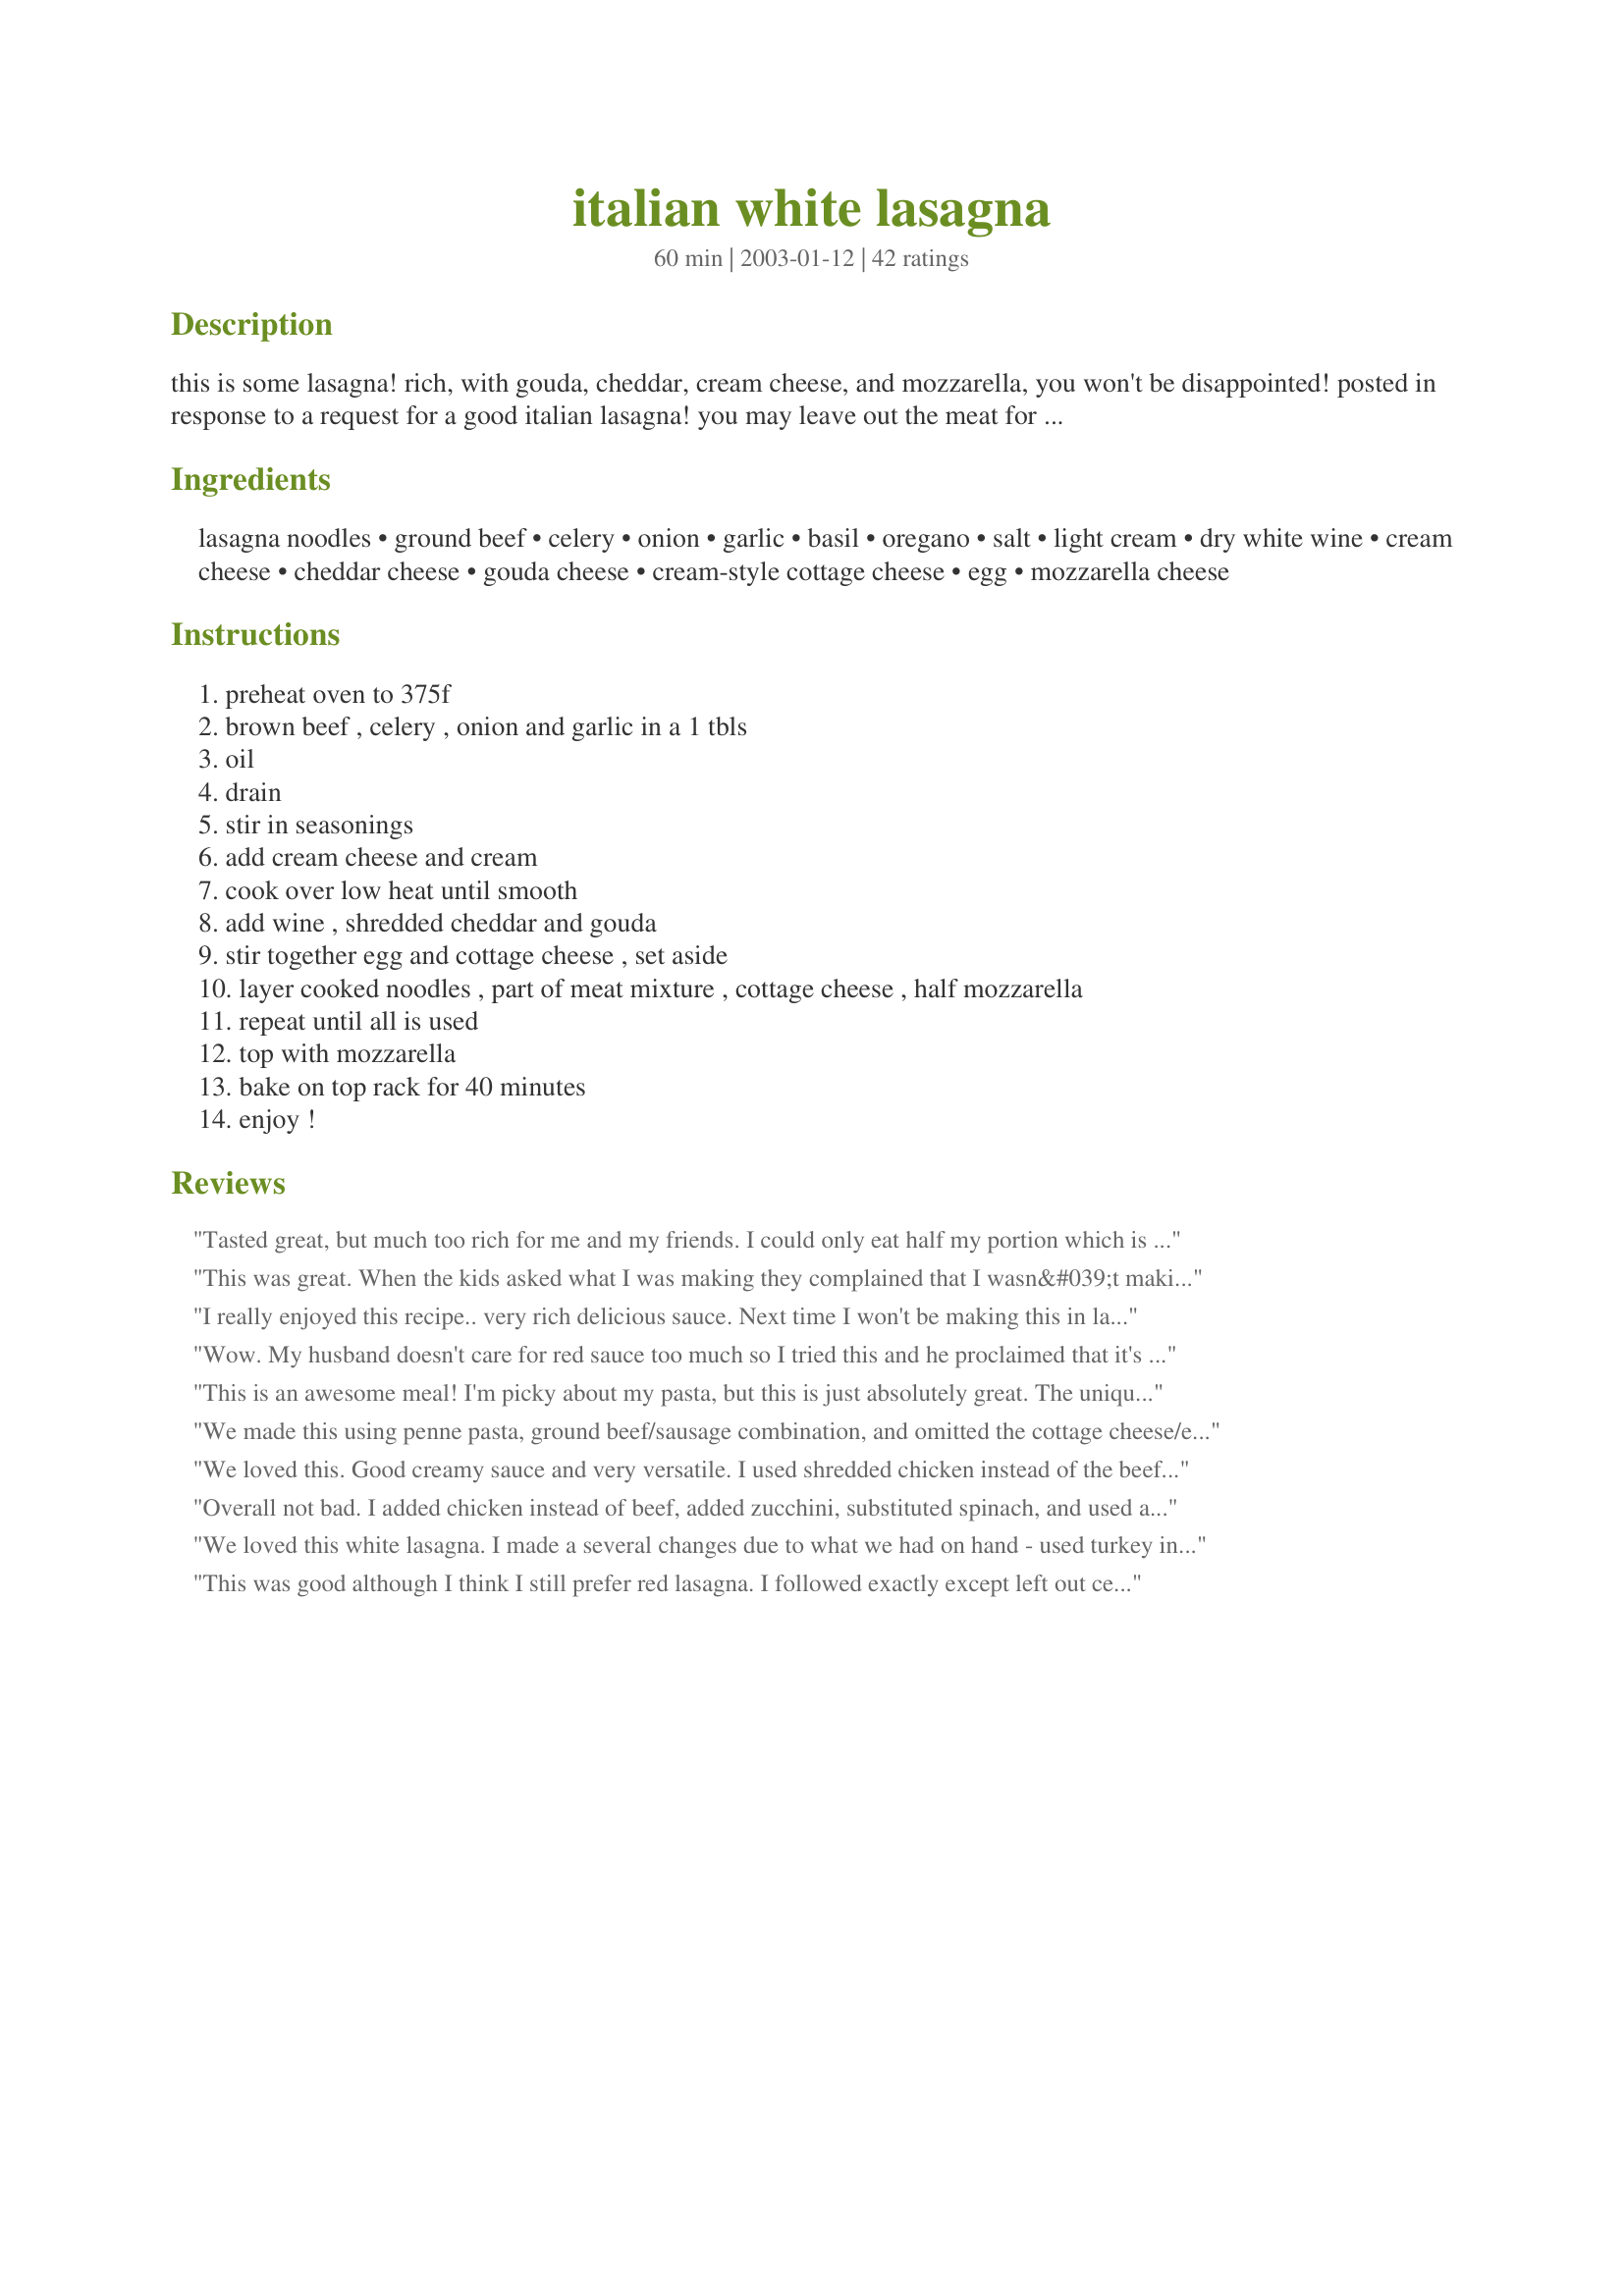
italian white lasagna
Preparation time: 60 minutes

this is some lasagna! rich, with gouda, cheddar, cream cheese, and mozzarella, you won't be disappointed! posted in response to a request for a good italian lasagna! you may leave out the meat for vegetarian!

Ingredients:
lasagna noodles, ground beef, celery, onion, garlic, basil, oregano, salt, light cream, dry white wine, cream cheese, cheddar cheese, gouda cheese, cream-style cottage cheese, egg, mozzarella cheese

Steps:
preheat oven to 375f, brown beef , celery , onion and garlic in a 1 tbls, oil, drain, stir in seasonings, add cream cheese and cream, cook over low heat until smooth, add wine , shredded cheddar and gouda, stir together egg and cottage cheese , set aside, layer cooked noodles , part of meat mixture , cottage cheese , half mozzarella, repeat until all is used, top with mozzarella, bake on top rack for 40 minutes, enjoy !

Reviews:
Tasted great, but much too rich for me and my friends. I could only eat half my portion which is unheard of! I would strongly recommend that you use half as much cheese, and add some more vegetables such as zucchini/courgettes.
This was great. When the kids asked what I was making they complained that I wasn&#039;t making the regular lasagna. One bite and they said it was much better then regular lasagna. I had to make a few changes based on what I had on hand. I used sausage so no spices. I didn&#039;t use celery or onion. I didn&#039;t have cream so I used milk. I used gouda slices and a few chunks of cheddar in the sauce. I used 2 eggs in the egg/cottage cheese mixture - so that made it a bit too eggy. I layered a bit of sauce, noodles, cottage mix, meat, noodles, cottage mix and then meat. I cooked this 40 minutes then added sliced gouda and cooked for another 5. Super tasty! We all loved this - thanks
I really enjoyed this recipe.. very rich delicious sauce. Next time I won't be making this in lasagne form. I will use penne. My main reasoning for that is just personal taste. I thought it would have been better with out the mozzerella and cottage cheese, just the sauce cooked on the stove. My main veggie was Mushrooms. I think mushrooms and white wine go great together so that was my reasoning for that.
Wow. My husband doesn't care for red sauce too much so I tried this and he proclaimed that it's the best lasagna he's ever tasted.
I followed the recipe almost to a T. Except when I browned the beef I seasoned it with salt and pepper and added some finely chopped fresh spinach to the brown beef mixture (after the mixture is cooked, since it will cook more in the oven). The only other thing I did differently was adding a thin layer (about a cup) of my own red sauce from earlier this week to try to boost the veggie factor in this recipe, since my red sauce has carrots, bell peppers, celery, mushrooms.
This is an awesome meal! I'm picky about my pasta, but this is just absolutely great. The unique cheese sauce just absolutely made this great! I used heavy cream instead of light cream, because it was all I had on hand. The gouda cheese I had was in slices, so I cut the slices into smaller sections before I tossed them into the sauce. I wasn't able to find "cream-style" cottage cheese, so I just used small curd. Also, not quite sure which size "carton" would be recommended, so I used 1/2 of the one I had. Also, the mozzarella slices I put on top of the dish made it more difficult to cut through come dinner time. I think next time I"ll use shredded mozzarella. I needed to cover mine with foil towards the end, also, for fear it'd burn. Really and truly, this is an awesome meal! Thanks for sharing it! :)
We made this using penne pasta, ground beef/sausage combination, and omitted the cottage cheese/egg mixture. We also added some diced carrots. If you have lots of leftover cheeses in the fridge, it's a great way to use them up. This recipe is packed with flavor!
We loved this. Good creamy sauce and very versatile. I used shredded chicken instead of the beef, and made the sauce over penne pasta. I also added fresh broccoli to the onion/celery. I used gouda and cheddar, but only 1/2 cup of each and omitted the mozzarella since I didn't bake it. yummy sauce. Next time I might make it into lasagna!!
Overall not bad. I added chicken instead of beef, added zucchini, substituted spinach, and used about half the amount of cheese, but it was still extremely saucy and so much cheese was overpowering. Next time I think I will use even less cheese and add more veggies and it should turn out better.
We loved this white lasagna. I made a several changes due to what we had on hand - used turkey instead of beef, half and half for the cream, chicken stock for the white wine, and ricota for the cottage cheese. I also added some fresh spinach that needed to be used up. Amazing! I was told to add this to the keep file. Guests raved about how this is how lasagna should be. Thanks so much for posting!
This was good although I think I still prefer red lasagna. I followed exactly except left out celery. I do have a feeling I am going to like it better at lunch tomorrow. I also used 1/3 less fat cream cheese and fat free half and half. I don't think this altered the end result.
Lisa
This was excellent! The only chnage I made was to use a 16oz container of Ricotta instead of cottage cheese. I used a Fume Blanc white wine which then went perfectly with the meal. I made this into 2 8x8 casseroles using kitchen scissors to cut the lasagna into the right size pieces. We enjoyed one for dinner and now have a second meal waiting in the freezer! Perfect!
rich creamy cheesy white sauce, this is wonderful
This was a pleasant change of pace from the tomato sauce recipe. I did vary the cheeses though, and got carried away. I actually had a lot of greasy stuff because of the cheeses I did use, but it was still delicious.
I changed out sauteed shrimp for the ground beef, and added mushrooms in with the onions. I also added lemon to the cream and cream cheese I pureed the cottage cheese and egg, to make it pourable, and added parsley. I used Cheddar and Gruyere cheeses. We loved it! Thank you for sharing!
Definately a keeper - this was a wonderful recipe. I used shredded chicken instead of the beef, and added in some chopped portabella mushrooms in place of the celery. I didn't have gouda, but used 1/2 C. parmesan/romano blend instead. I used the cheddar and shredded mozz instead of slices. It turned out wonderful, with a great flavor. This recipe went directly into my 'favorites' book. Thanks!
I made this recipe for my daughters going away to college dinner, and it was a big hit! I loved the flavors of all the cheeses and the addition of wine in the recipe. This is one recipe I will be adding to my favorites Sharon. Thank you!
I made a variation on this recipe to use ingredients I had on hand and was very, very pleased with the results. Instead of celery and onion, I used fresh spinach that I chopped finely in the food processor. I used havarti instead of gouda and grated swiss instead of mozzarella. I had ricotta so I used that instead of the cottage cheese. I was also lazy and used oven ready lasagna noodles. A bit more oregano, lots of garlic, a touch of pepper... Even with all these changes, it turned out just great! What a wonderful change from the regular lasagna!
Sharon , this is VERY good , DH really liked it, I should have cut the recipe in half for us , but I did freeze some of it. I also put some Zucchini, sliced very thin in each layer , Very good. Thanks for posting the recipe.
This was AMAZING!! It's so different from any other lasagna and definitely restaurant quality. I'm a new wife and a not so experienced chef and it truly wasn't hard to make either!
Made this with no meat for my first Sunday Dinner, fed 30 people and everyone raved about this recipe....I followed the recipe but used fat free half and half....great taste!
We really liked the sauce in this recipe! I used Italian mild sausage, but I wish I would have used chicken, I just think that chicken would have worked better for this kind of sauce. You also may want to cover with foil and then uncover the last 10 minutes so the mozzarella dosen't burn, mine had a few burnt spots.( I only left it in the oven for 30min on the 2nd shelf.) Thanks for this unique recipe, we really enjoyed it!
I am coming in here with a review, and realy everything is already said about it. I am glad I made the whole recipe, because often I half recipes since there are just two of us, now I still have a portion in the freezer to look forward to. Did not change a thing, served it with a salad and garlic bread, delicious!
Perfect, great recipe, thanks for sharing!
Very good!!!
This lasagna was good. Unfortunately, I used no-cook lasagna noodles and this was not a good idea. I would also like to see some version of this recipe without so much cheese.
Awesome! I ladled some red sauce on each serving. My guests said it was the best they've ever had! Thanks much!
This was a great lasagne...extremely tasty...next time what I will change is...add more cottage cheese..., that's just because I like the taste it added to it. Also added half a teaspoon of ground black pepper to the meat while browning it. Great recipe...., had it for Chinese New Year lunch..everyone enjoyed it. Thank you!
We did enjoy this lasagna. Something a little different. Thanks for sharing.
Oh man was this a hit. I used fresh herbs, heavy cream, and Fontina instead of Gouda but that was the only changes. I wasn't sure of what size pan and ended up using a deep dish 9X9 casserole pan. I used no bake lasagna noodles and cut them to fit with my kitchen shears. You know what? It worked pretty well! Better than just breaking them to fit! Really nice change from the usual. My kids took what little was left home with them. Will make again. Thanks Sharon123!
I made this with ground beef and a little ground pork. I used pre-shredded cheeses,the gouda and followed recipe otherwise.
Very creamy and rich, Mmmmm it was good. Next time I'll try it without meat and instead some shredded veggies and sliced black olives. Great recipe, with many options. Glad I tried it.
WOW! No, let me say that again. WOW! My wife and I cook a ton and try to steer away from the same recipes over and over again, but not this time. This might be the best lasagna I have ever had, and that covers more iterations of different types that I could even number. Seriously, this stuff is that good. It will be a member of the rotation and I a salivating just thinking of the leftovers. The only changes we made was to add a touch of white pepper and included one shallot with the onion mixture. The next time we make it, and make no mistake this one hits as a &quot;keeper&quot; I think I might add just a touch of Nutmeg, but it really is more of a tweak than a need. Whoever came up with this one hit a home run. Please keep up the great work! Simply a truly stunning dish and I can hardly wait to plop this bad boy down in front of my next group of hungry friends.
I thought this was a great recipe. I loved the gouda cheese, but when I make it next time, which I will, I will cut back on the cheeses. It was very heavy.
This is a delicious recipe for Lasagna. I made it as stated. It has a great flavor and the gouda is what adds the most. Didn't take long to make and have leftovers for later this week. Do try this delicious lasagna.
Oh gosh this is is SO delicious, it's very rich and filling, I used half ground pork and half ground beef, used 1 medium onion, and 2 tablespoons fresh minced garlic in the beef/pork mixture beef and adjusted the herb amounts also... I made this as a take-home meal for my DS who is a lasagna and pasta-lover, he really loved this dish Sharon, thanks for posting another winner hon!...Kitz:)
Sorry Sharon but this just wasnt for us! Was to rich and heavy! Thanks for posting
I made this for my daughter's baptism and forgot to review it. I offered it as an alternative to traditional lasagna. There were no leftovers (I barely got a taste). I substituted Ricotta for the cottage cheese and used shredded Mozzarella in place of the slices. This is a keeper.
Really good. My family enjoyed this.
Loved this recipe! I used half and half, and 1/3 less fat cream cheese to help save on calories. Didn't hurt it a bit. I do think it could use more seasoning, but that's just my personal taste. This is nice variation from the same old lasagna. Quick to fix. I liked the review that suggested using squash. Next time I think I'll try some yellow squash.
Delicious Lasagna! Omitted the meat and added 1 small zuchinni, grated, (I would add 2-3 small ones next time) and 3 chopped tomatoes. I substituted cheeses for what I had on hand. I didn't use the gouda or cheddar, but used provolone, havarti and parmesan. A very versatile and tasty meal!Thanks for sharing your recipe Sharon!
I made this last week and it is very very good. We just ate it til it was gone...3 days, just the two of us. Served garden herb bread with garlic butter and it was all just so good! Thanks for posting this!!
This was very good. Very rich, too. Which means that this dish will go a loooong way, because you can't eat a huge serving. I think next time I make it, I'll leave the meat out. Ground beef seems to "humble" to go with something this rich. Very good flavor.
OOOOMMMMMGGGGGG This was amazing! We love lasagna, and this was a great change! I used small curd cottage cheese, and heavy cream, and sausage rather than beef and it was amazing! Next time I'm thinking about trying it with chicken and penne noodles. YUMMY!!! Thanks so much!
